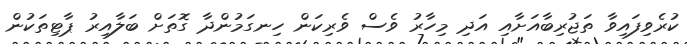
ކުރެވިފައިވާ ތަޖުރިބާއަށާއި އަދި މިހާރު ވެސް ވެރިކަން ހިނގަމުންދާ ގޮތަށް ބަލާއިރު ޕާޓިތަކުން